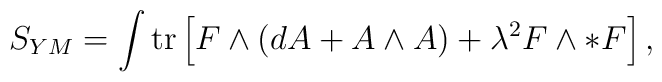
S_{YM} = \int \mbox{tr} \left[ F \wedge (dA + A\wedge A) + \lambda ^2 F \wedge *F \right], \label l